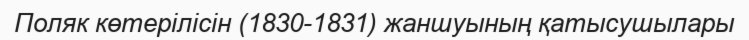
Поляк көтерілісін (1830-1831) жаншуының қатысушылары